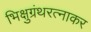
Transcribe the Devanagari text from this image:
भिक्षुग्रंथरत्नाकर